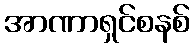
အာဏာရှင်စနစ်